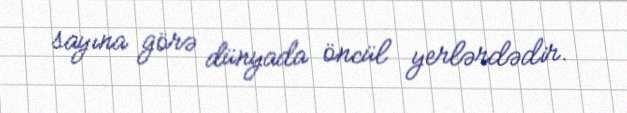
sayına görə dünyada öncül yerlərdədir.